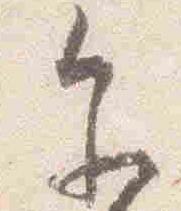
参